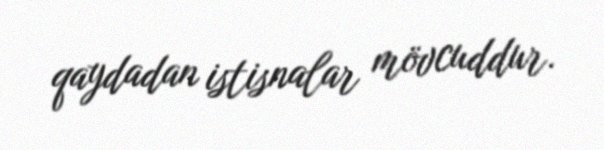
qaydadan istisnalar mövcuddur.